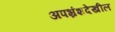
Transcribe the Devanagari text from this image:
अपभ्रंशदेखील